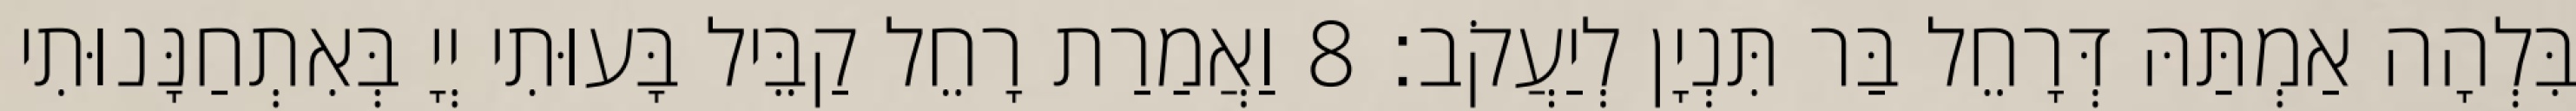
בִּלְהָה אַמְתַּהּ דְּרָחֵל בַּר תִּנְיָן לְיַעֲקֹב׃ 8 וַאֲמַרַת רָחֵל קַבֵּיל בָּעוּתִי יְיָ בְּאִתְחַנָּנוּתִי